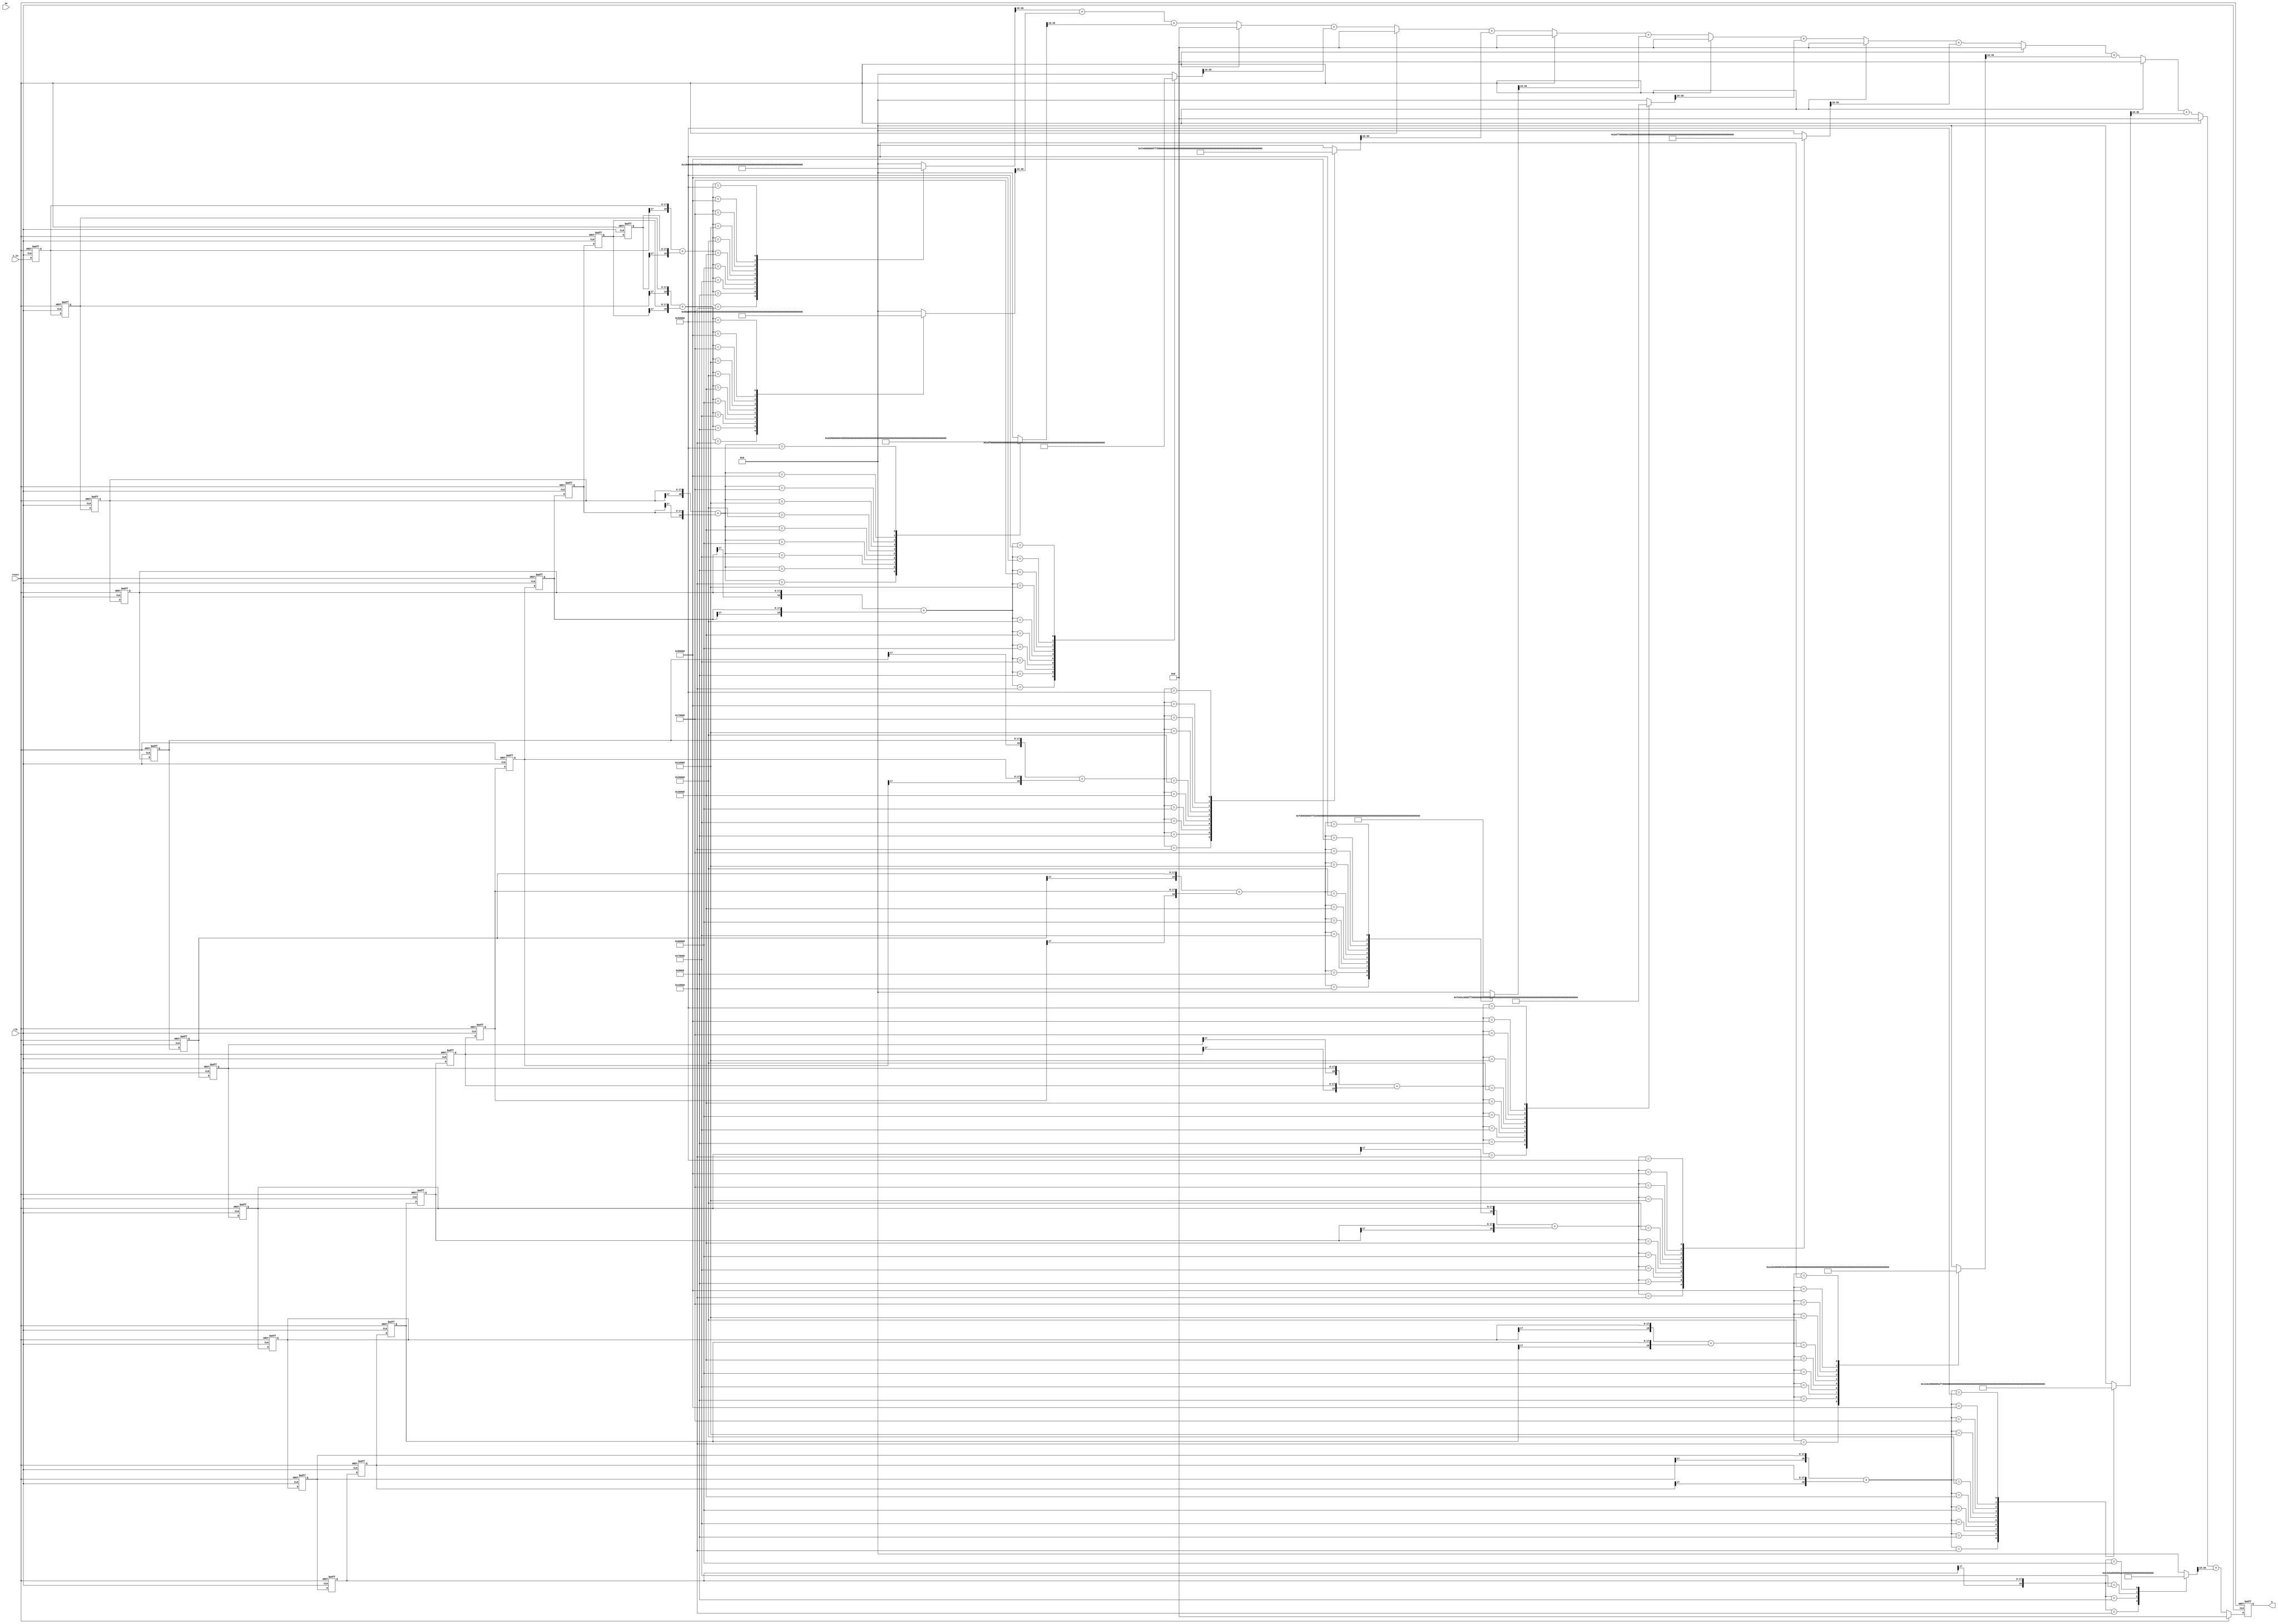
module tx_filter_with_luts( input clk, reset,
							input [1:0] sw,
                    input signed [17:0] x_in, //1s17
                    output reg signed [17:0] y); //1s17);



// create array of vectors
integer  i;
reg signed [17:0] x[20:0]; // for 21 coefficients
reg signed [18:0] sum_level_1[10:0];
reg signed [17:0] sum_out[9:0];
reg signed [36:0] LUT_out[10:0]; // 1s35 but changed to 2s35
reg signed [17:0] b[10:0]; // coefficients

always @ (posedge clk or posedge reset)
    if(reset)
        x[0] <= 0;
    else
        x[0] <= x_in;

always @ (posedge clk or posedge reset)
    if(reset) 
    begin
        for(i=1; i<21; i=i+1)
            x[i] <= 0;
    end
    else
    begin
        for(i=1; i<21; i=i+1)
            x[i] <= x[i-1];
    end


// add values the require the same coefficients
always @ *
begin
    for(i=0; i<=9; i= i+1)
    sum_level_1[i] <= {x[i][17], x[i]} + {x[20-i][17], x[20-i]}; // sign extend to see whats up 2s17
end

// center value
always @ *
    sum_level_1[10] <= {x[10][17], x[10]};


// multiply by coefficients
// always @ *
// begin
//     for(i=0; i <= 10; i=i+1)
//     mult_out[i] <= sum_level_1[i] * b[i]; 
// end

// sum up mutlipliers
always @ *
if (reset)
    for (i = 0; i <=9; i=i+1)
        sum_out[i] = 18'sd 0;
else
    begin
        sum_out[0] = LUT_out[0][35:18] + LUT_out[1][35:18];
        for(i = 0; i <=8 ; i=i+1)
            sum_out[i+1] <= sum_out[i] + LUT_out[i+2][35:18]; 
    end
    

always @ (posedge clk or posedge reset)
    if(reset)
        y <= 0;
    else
        y <= sum_out[9];

 


// LUT_0 

always @ *
begin
	case(sum_level_1[0])
		19 'sd 0      :	LUT_out[0]  = 37'sd 0;
		19 'sd 98304  :	LUT_out[0]  = 37'sd 31358976;
		19 'sd 32768  :	LUT_out[0]  = 37'sd 10452992;
		-19'sd 32768  :	LUT_out[0]  = -37'sd 10452992;
		-19'sd 98304  :	LUT_out[0]  = -37'sd 31358976;
		19 'sd 196608 :	LUT_out[0]  = 37'sd 62717952;
		19 'sd 131072 :	LUT_out[0]  = 37'sd 41811968;
		19 'sd 65536  :	LUT_out[0]  = 37'sd 20905984;
		-19'sd 65536  :	LUT_out[0]  = -37'sd 20905984;
		-19'sd 131072 :	LUT_out[0]  = -37'sd 41811968;
		-19'sd 196608 :	LUT_out[0]  = -37'sd 62717952;
		default     :	LUT_out[0]  = 37'sd 0;
	endcase
end

// LUT_1 

always @ *
begin
	case(sum_level_1[1])
		19 'sd 0      :	LUT_out[1]  = 37'sd 0;
		19 'sd 98304  :	LUT_out[1]  = 37'sd 163184640;
		19 'sd 32768  :	LUT_out[1]  = 37'sd 54394880;
		-19'sd 32768  :	LUT_out[1]  = -37'sd 54394880;
		-19'sd 98304  :	LUT_out[1]  = -37'sd 163184640;
		19 'sd 196608 :	LUT_out[1]  = 37'sd 326369280;
		19 'sd 131072 :	LUT_out[1]  = 37'sd 217579520;
		19 'sd 65536  :	LUT_out[1]  = 37'sd 108789760;
		-19'sd 65536  :	LUT_out[1]  = -37'sd 108789760;
		-19'sd 131072 :	LUT_out[1]  = -37'sd 217579520;
		-19'sd 196608 :	LUT_out[1]  = -37'sd 326369280;
		default     :	LUT_out[1]  = 37'sd 0;
	endcase
end

// LUT_2 

always @ *
begin
	case(sum_level_1[2])
		19 'sd 0      :	LUT_out[2]  = 37'sd 0;
		19 'sd 98304  :	LUT_out[2]  = 37'sd 221872128;
		19 'sd 32768  :	LUT_out[2]  = 37'sd 73957376;
		-19'sd 32768  :	LUT_out[2]  = -37'sd 73957376;
		-19'sd 98304  :	LUT_out[2]  = -37'sd 221872128;
		19 'sd 196608 :	LUT_out[2]  = 37'sd 443744256;
		19 'sd 131072 :	LUT_out[2]  = 37'sd 295829504;
		19 'sd 65536  :	LUT_out[2]  = 37'sd 147914752;
		-19'sd 65536  :	LUT_out[2]  = -37'sd 147914752;
		-19'sd 131072 :	LUT_out[2]  = -37'sd 295829504;
		-19'sd 196608 :	LUT_out[2]  = -37'sd 443744256;
		default     :	LUT_out[2]  = 37'sd 0;
	endcase
end

// LUT_3 

always @ *
begin
	case(sum_level_1[3])
		19 'sd 0      :	LUT_out[3]  = 37'sd 0;
		19 'sd 98304  :	LUT_out[3]  = 37'sd 26148864;
		19 'sd 32768  :	LUT_out[3]  = 37'sd 8716288;
		-19'sd 32768  :	LUT_out[3]  = -37'sd 8716288;
		-19'sd 98304  :	LUT_out[3]  = -37'sd 26148864;
		19 'sd 196608 :	LUT_out[3]  = 37'sd 52297728;
		19 'sd 131072 :	LUT_out[3]  = 37'sd 34865152;
		19 'sd 65536  :	LUT_out[3]  = 37'sd 17432576;
		-19'sd 65536  :	LUT_out[3]  = -37'sd 17432576;
		-19'sd 131072 :	LUT_out[3]  = -37'sd 34865152;
		-19'sd 196608 :	LUT_out[3]  = -37'sd 52297728;
		default     :	LUT_out[3]  = 37'sd 0;
	endcase
end

// LUT_4 

always @ *
begin
	case(sum_level_1[4])
		19 'sd 0      :	LUT_out[4]  = 37'sd 0;
		19 'sd 98304  :	LUT_out[4]  = -37'sd 426737664;
		19 'sd 32768  :	LUT_out[4]  = -37'sd 142245888;
		-19'sd 32768  :	LUT_out[4]  = 37'sd 142245888;
		-19'sd 98304  :	LUT_out[4]  = 37'sd 426737664;
		19 'sd 196608 :	LUT_out[4]  = -37'sd 853475328;
		19 'sd 131072 :	LUT_out[4]  = -37'sd 568983552;
		19 'sd 65536  :	LUT_out[4]  = -37'sd 284491776;
		-19'sd 65536  :	LUT_out[4]  = 37'sd 284491776;
		-19'sd 131072 :	LUT_out[4]  = 37'sd 568983552;
		-19'sd 196608 :	LUT_out[4]  = 37'sd 853475328;
		default     :	LUT_out[4]  = 37'sd 0;
	endcase
end

// LUT_5 

always @ *
begin
	case(sum_level_1[5])
		19 'sd 0      :	LUT_out[5]  = 37'sd 0;
		19 'sd 98304  :	LUT_out[5]  = -37'sd 798621696;
		19 'sd 32768  :	LUT_out[5]  = -37'sd 266207232;
		-19'sd 32768  :	LUT_out[5]  = 37'sd 266207232;
		-19'sd 98304  :	LUT_out[5]  = 37'sd 798621696;
		19 'sd 196608 :	LUT_out[5]  = -37'sd 1597243392;
		19 'sd 131072 :	LUT_out[5]  = -37'sd 1064828928;
		19 'sd 65536  :	LUT_out[5]  = -37'sd 532414464;
		-19'sd 65536  :	LUT_out[5]  = 37'sd 532414464;
		-19'sd 131072 :	LUT_out[5]  = 37'sd 1064828928;
		-19'sd 196608 :	LUT_out[5]  = 37'sd 1597243392;
		default     :	LUT_out[5]  = 37'sd 0;
	endcase
end

// LUT_6 

always @ *
begin
	case(sum_level_1[6])
		19 'sd 0      :	LUT_out[6]  = 37'sd 0;
		19 'sd 98304  :	LUT_out[6]  = -37'sd 533987328;
		19 'sd 32768  :	LUT_out[6]  = -37'sd 177995776;
		-19'sd 32768  :	LUT_out[6]  = 37'sd 177995776;
		-19'sd 98304  :	LUT_out[6]  = 37'sd 533987328;
		19 'sd 196608 :	LUT_out[6]  = -37'sd 1067974656;
		19 'sd 131072 :	LUT_out[6]  = -37'sd 711983104;
		19 'sd 65536  :	LUT_out[6]  = -37'sd 355991552;
		-19'sd 65536  :	LUT_out[6]  = 37'sd 355991552;
		-19'sd 131072 :	LUT_out[6]  = 37'sd 711983104;
		-19'sd 196608 :	LUT_out[6]  = 37'sd 1067974656;
		default     :	LUT_out[6]  = 37'sd 0;
	endcase
end

// LUT_7 

always @ *
begin
	case(sum_level_1[7])
		19 'sd 0      :	LUT_out[7]  = 37'sd 0;
		19 'sd 98304  :	LUT_out[7]  = 37'sd 720863232;
		19 'sd 32768  :	LUT_out[7]  = 37'sd 240287744;
		-19'sd 32768  :	LUT_out[7]  = -37'sd 240287744;
		-19'sd 98304  :	LUT_out[7]  = -37'sd 720863232;
		19 'sd 196608 :	LUT_out[7]  = 37'sd 1441726464;
		19 'sd 131072 :	LUT_out[7]  = 37'sd 961150976;
		19 'sd 65536  :	LUT_out[7]  = 37'sd 480575488;
		-19'sd 65536  :	LUT_out[7]  = -37'sd 480575488;
		-19'sd 131072 :	LUT_out[7]  = -37'sd 961150976;
		-19'sd 196608 :	LUT_out[7]  = -37'sd 1441726464;
		default     :	LUT_out[7]  = 37'sd 0;
	endcase
end

// LUT_8 

always @ *
begin
	case(sum_level_1[8])
		19 'sd 0      :	LUT_out[8]  = 37'sd 0;
		19 'sd 98304  :	LUT_out[8]  = 37'sd 2712797184;
		19 'sd 32768  :	LUT_out[8]  = 37'sd 904265728;
		-19'sd 32768  :	LUT_out[8]  = -37'sd 904265728;
		-19'sd 98304  :	LUT_out[8]  = -37'sd 2712797184;
		19 'sd 196608 :	LUT_out[8]  = 37'sd 5425594368;
		19 'sd 131072 :	LUT_out[8]  = 37'sd 3617062912;
		19 'sd 65536  :	LUT_out[8]  = 37'sd 1808531456;
		-19'sd 65536  :	LUT_out[8]  = -37'sd 1808531456;
		-19'sd 131072 :	LUT_out[8]  = -37'sd 3617062912;
		-19'sd 196608 :	LUT_out[8]  = -37'sd 5425594368;
		default     :	LUT_out[8]  = 37'sd 0;
	endcase
end

// LUT_9 

always @ *
begin
	case(sum_level_1[9])
		19 'sd 0      :	LUT_out[9]  = 37'sd 0;
		19 'sd 98304  :	LUT_out[9]  = 37'sd 4578312192;
		19 'sd 32768  :	LUT_out[9]  = 37'sd 1526104064;
		-19'sd 32768  :	LUT_out[9]  = -37'sd 1526104064;
		-19'sd 98304  :	LUT_out[9]  = -37'sd 4578312192;
		19 'sd 196608 :	LUT_out[9]  = 37'sd 9156624384;
		19 'sd 131072 :	LUT_out[9]  = 37'sd 6104416256;
		19 'sd 65536  :	LUT_out[9]  = 37'sd 3052208128;
		-19'sd 65536  :	LUT_out[9]  = -37'sd 3052208128;
		-19'sd 131072 :	LUT_out[9]  = -37'sd 6104416256;
		-19'sd 196608 :	LUT_out[9]  = -37'sd 9156624384;
		default     :	LUT_out[9]  = 37'sd 0;
	endcase
end

// LUT_10 

always @ *
begin
	case(sum_level_1[10])
		19 'sd 0      :	LUT_out[10] = 37'sd 0;
		19 'sd 98304  :	LUT_out[10] = 37'sd 5342134272;
		19 'sd 32768  :	LUT_out[10] = 37'sd 1780711424;
		-19'sd 32768  :	LUT_out[10] = -37'sd 1780711424;
		-19'sd 98304  :	LUT_out[10] = -37'sd 5342134272;
		default     :	LUT_out[10] = 37'sd 0;
	endcase
end


endmodule